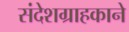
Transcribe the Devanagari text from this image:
संदेशग्राहकाने